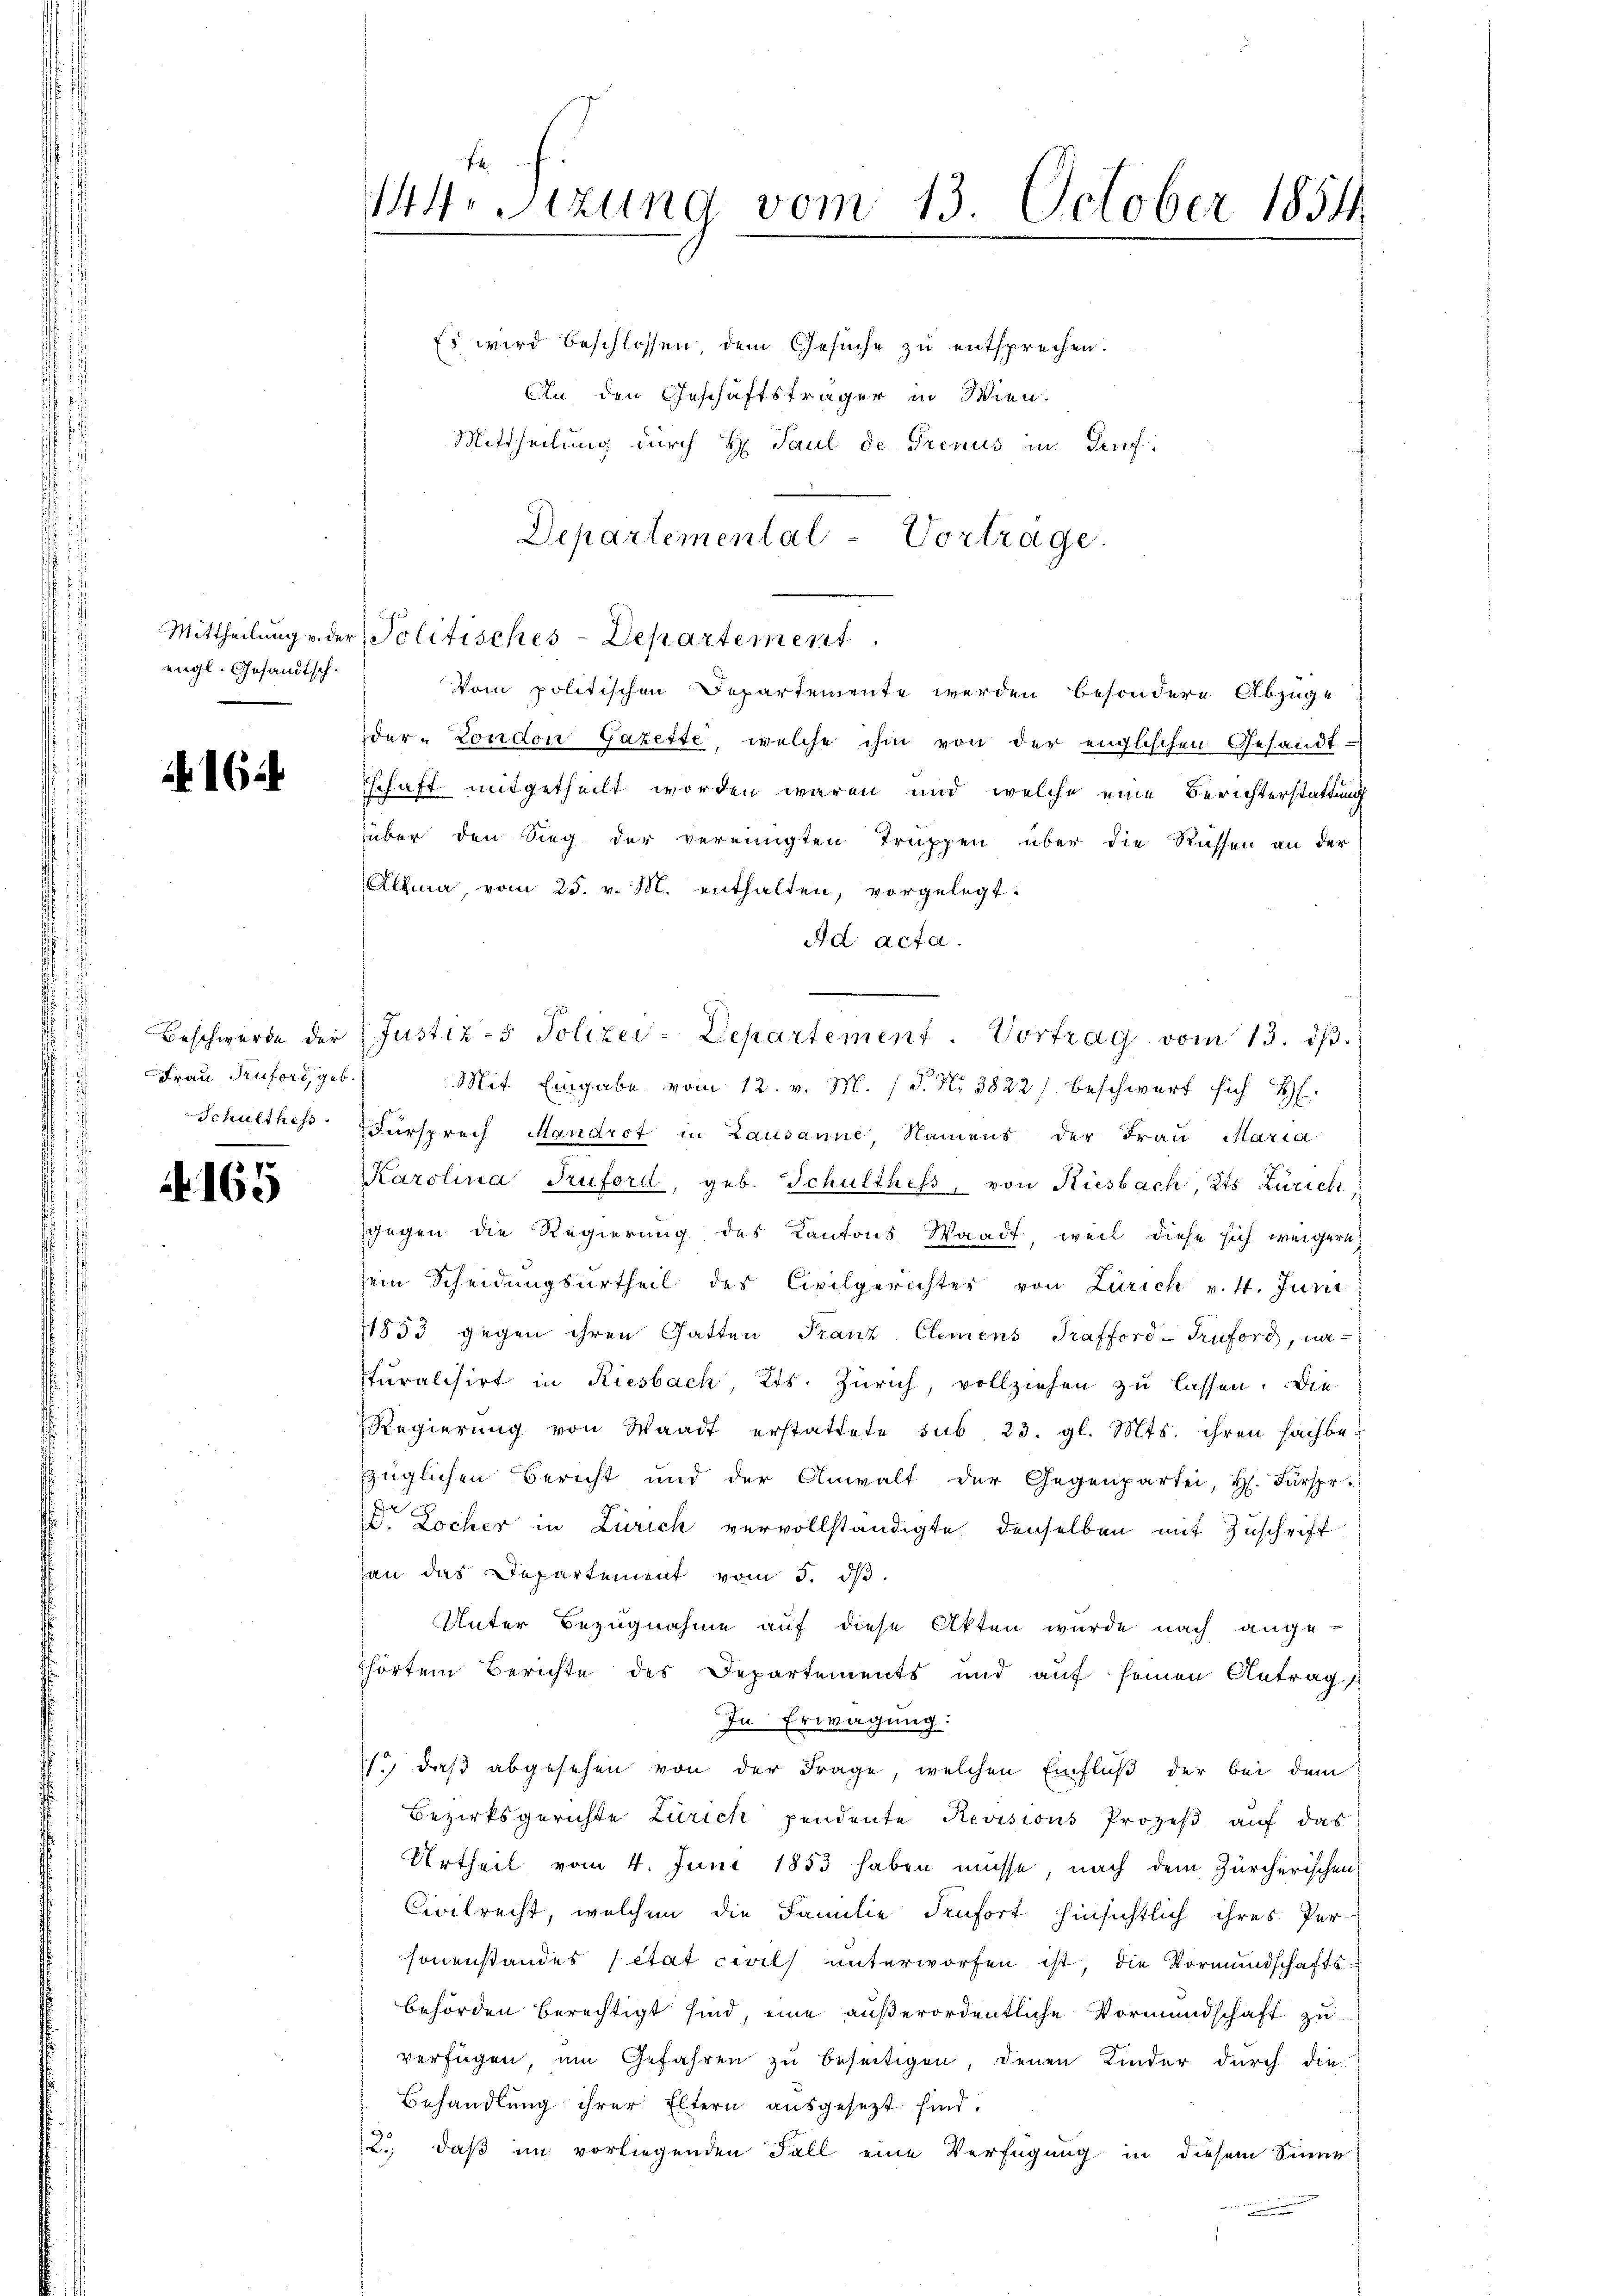
engl. Gesandtsch.

1624

Beschwerde der
Frau Ruford, geb.

165

144. Sitzung vom 13. October 1854

Es wird beschlossen dem Gesuche zu entsprechen.
An den Geschäftsträger in Wien.
Mittheilung durch H. Paul de Trenus in Genf
der London Gazette, welche ihm von der englischen Gesandt-
schaft mitgetheilt worden wären und welche eine Berichterstattung
über den Sieg der vereinigten Truppen über die Rüssen an der
Allia, vom 25. v. M. enthalten, vorgelegt.
Ad acta.
Mit Eingabe vom 12. v. M. (S. Nr. 3822) beschwert sich H
Schulthess Fürsprech Mandrot in Lausanne, Namens der Frau Maria
Karolina Truford, geb. Schulthess, von Riesbach, Kts Züricht,
gegen die Regierung des Kantons Waadt, weil diese sich weigern
sein Scheidungsurtheil des Civilgerichter von Zürich v. 4. Juni
1853 gegen ihren Gatten Franz Clemens Trafford-Truford, na-
turalisirt in Riesbach, Kts. Zürich, vollziehen zu lassen. Die
Regierŭng von Waadt erstattete sub. 23. gl. Mts. ihren sachbezüglichen Bericht und der Anwalt der Gegenpartei, H. Fürspr.
 Locher in Zürich vervollständigte denselben mit Zuschrift
an das Departement vom 3. dβ.
Unter Bezugnahme auf diese Akten wurde nach ange-
Thörtem Berichte des Departements und auf seinen Antrags
In Erwägung:
1.) daß abgesehen von der Frage, welchen Einfluß der bei dem
Bezirksgerichte Zürich pendente Revisions Prozeß auf das
Urtheil vom 4. Juni 1853 haben müsse, nach dem Zürcherischen
Civilrecht, welchen die Familie denfort hinsichtlich ihres Per-
sonenstandes état civils unterworfen ist, die Vormundschaftsbehörden berechtigt sind, eine außerordentliche Vormundschaft zu
verfügen um Gefahren zu beseitigen, denen Kinder durch die
Behandlung ihrer Eltern ausgesezt sind.
2., daß im vorliegenden Fall eine Verfügung in diesem Sinne
.

Departemental-Vortrage.
Mittheilung u. der Politisches-Departement.
Vom politischen Departemente werden besondere Abzuge

Justiz- & Polizey-Departement. Vortrag vom 13. dβ.